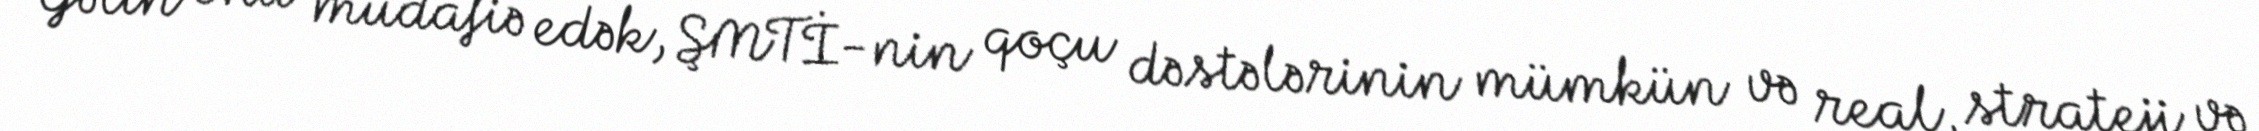
Gəlin onu müdafiə edək, ŞMTİ-nin qoçu dəstələrinin mümkün və real, strateji və